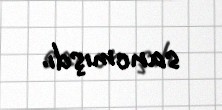
sancmışdı.